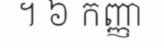
។ ៦ កញ្ញា